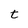
Character: t